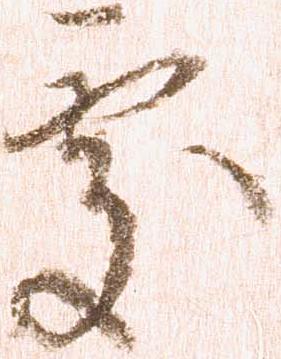
処